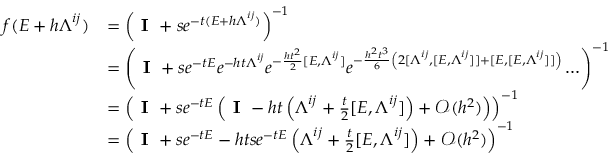
\begin{array} { r l } { f ( \boldsymbol { E } + h \boldsymbol { \Lambda } ^ { i j } ) } & { = \left( \textbf { I } + s e ^ { - t ( \boldsymbol { E } + h \boldsymbol { \Lambda } ^ { i j } ) } \right) ^ { - 1 } } \\ & { = \left( \textbf { I } + s e ^ { - t \boldsymbol { E } } e ^ { - h t \boldsymbol { \Lambda } ^ { i j } } e ^ { - \frac { h t ^ { 2 } } { 2 } [ \boldsymbol { E } , \boldsymbol { \Lambda } ^ { i j } ] } e ^ { - \frac { h ^ { 2 } t ^ { 3 } } { 6 } \left( 2 [ \boldsymbol { \Lambda } ^ { i j } , [ \boldsymbol { E } , \boldsymbol { \Lambda } ^ { i j } ] ] + [ \boldsymbol { E } , [ \boldsymbol { E } , \boldsymbol { \Lambda } ^ { i j } ] ] \right) } \ldots \right) ^ { - 1 } } \\ & { = \left( \textbf { I } + s e ^ { - t \boldsymbol { E } } \left( \textbf { I } - h t \left( \boldsymbol { \Lambda } ^ { i j } + \frac { t } { 2 } [ \boldsymbol { E } , \boldsymbol { \Lambda } ^ { i j } ] \right) + \mathcal { O } ( h ^ { 2 } ) \right) \right) ^ { - 1 } } \\ & { = \left( \textbf { I } + s e ^ { - t \boldsymbol { E } } - h t s e ^ { - t \boldsymbol { E } } \left( \boldsymbol { \Lambda } ^ { i j } + \frac { t } { 2 } [ \boldsymbol { E } , \boldsymbol { \Lambda } ^ { i j } ] \right) + \mathcal { O } ( h ^ { 2 } ) \right) ^ { - 1 } } \end{array}